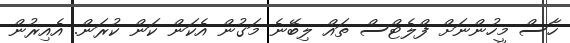
ހާސް މީހުންނަށް ފްލެޓްސް ތައް ލިބޭނެ މަގުން އެކަން ކަން ކުރަން. އެއިރުން